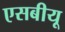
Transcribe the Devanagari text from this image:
एसबीयू